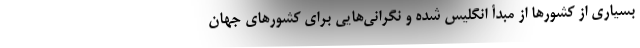
بسیاری از کشورها از مبدأ انگلیس شده و نگرانی‌‌هایی برای کشورهای جهان